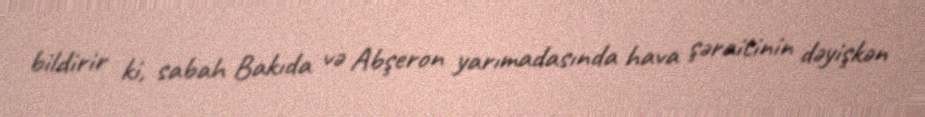
bildirir ki, sabah Bakıda və Abşeron yarımadasında hava şəraitinin dəyişkən